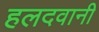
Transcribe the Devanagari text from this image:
हलदवानी